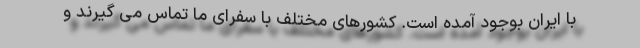
با ایران بوجود آمده است. کشورهای مختلف با سفرای ما تماس می گیرند و